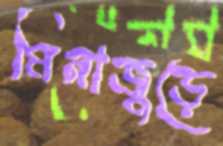
মিনাজুড়ে